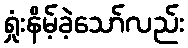
ရှုံးနိမ့်ခဲ့သော်လည်း